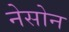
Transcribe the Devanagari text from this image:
नेसोन